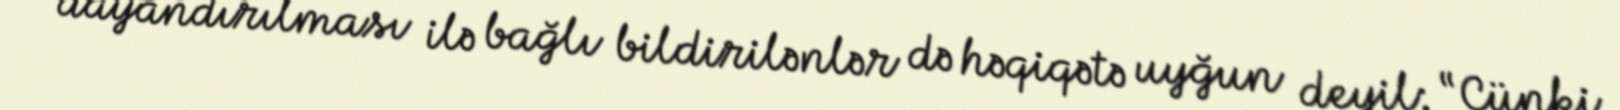
dayandırılması ilə bağlı bildirilənlər də həqiqətə uyğun deyil: “Çünki